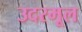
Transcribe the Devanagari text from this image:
उदरमूल